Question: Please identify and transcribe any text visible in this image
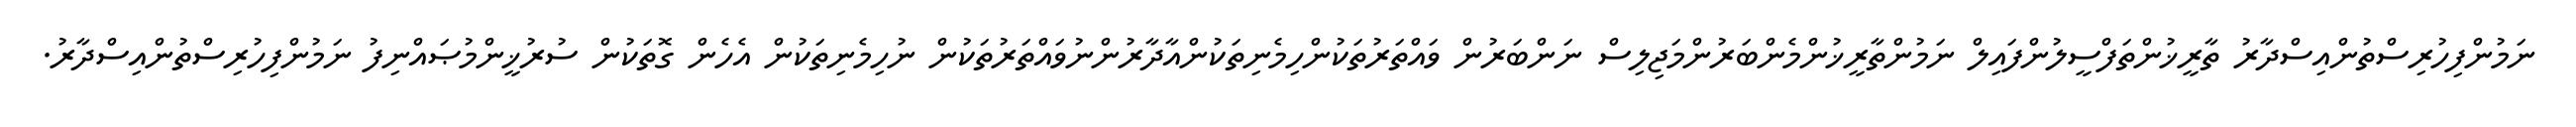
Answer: ނަމުންފިހުރިސްތުންއިސްދާރު ތާރީޚުންތަފްސީލުންފައިލް ނަމުންތާރީޚުންމެންބަރުންމަޖިލިސް ނަންބަރުން ވައްތަރުތަކުންހިމެނިތަކުންއާދާރުންނުވައްތަރުތަކުން ނުހިމެނިތަކުން އެހެން ގޮތަކުން ސުރުޚީންމުޞައްނިފު ނަމުންފިހުރިސްތުންއިސްދާރު.